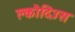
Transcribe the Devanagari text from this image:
क्लौदिंउस